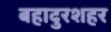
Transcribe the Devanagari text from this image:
बहादुरशहर